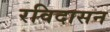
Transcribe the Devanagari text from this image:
रविदासन